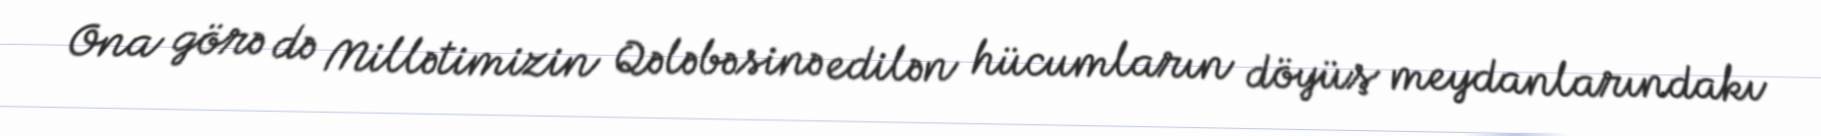
Ona görə də Millətimizin Qələbəsinə edilən hücumların döyüş meydanlarındakı